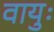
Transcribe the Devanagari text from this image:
वायुः